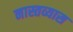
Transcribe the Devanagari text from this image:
नास्तव्यास